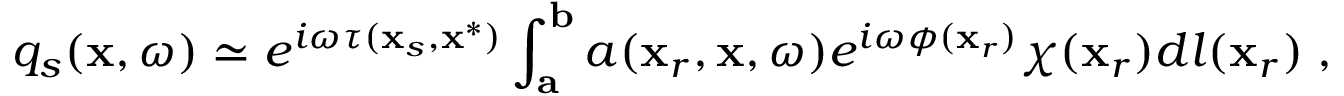
q _ { s } ( \mathbf { x } , \omega ) \simeq e ^ { i \omega \tau ( \mathbf { x } _ { s } , \mathbf { x } ^ { * } ) } \int _ { \mathbf { a } } ^ { \mathbf { b } } a ( \mathbf { x } _ { r } , \mathbf { x } , \omega ) e ^ { i \omega \phi ( \mathbf { x } _ { r } ) } \chi ( \mathbf { x } _ { r } ) d l ( \mathbf { x } _ { r } ) \; ,